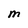
Character: M